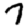
Digit: 7